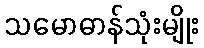
သမောဓာန်သုံးမျိုး